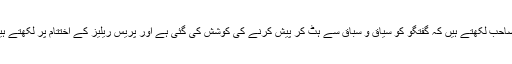
اسی طرح اسی پریس ریلیز میں اوپر جج صاحب لکھتے ہیں کہ گفتگو کو سیاق و سباق سے ہٹ کر پیش کرنے کی کوشش کی گئی ہے اور پریس ریلیز کے اختتام پر لکھتے ہیں کہ وڈیوز جھوٹی، جعلی اور فرضی ہیں۔